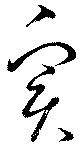
實